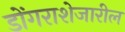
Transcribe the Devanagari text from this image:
डोंगराशेजारील